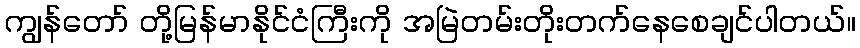
ကျွန်တော် တို့မြန်မာနိုင်ငံကြီးကို အမြဲတမ်းတိုးတက်နေစေချင်ပါတယ်။